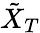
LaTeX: \tilde{X}_{T}